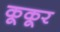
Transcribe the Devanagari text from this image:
कूकूर